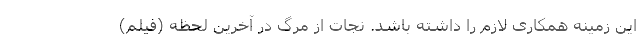
این زمینه همکاری لازم را داشته باشد. نجات از مرگ در آخرین لحظه (فیلم)